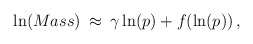
\begin{align*}\ln(Mass) \: \approx \: \gamma \ln (p) + f(\ln (p))\, ,\end{align*}